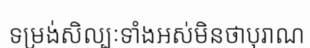
ទម្រង់សិល្បៈទាំងអស់មិនថាបុរាណ